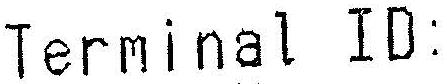
TERMINAL ID: